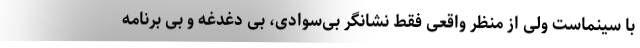
با سینماست ولی از منظر واقعی فقط نشانگر بی‌سوادی، بی دغدغه و بی برنامه